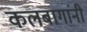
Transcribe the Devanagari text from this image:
कलबागांनी